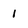
Character: 1